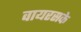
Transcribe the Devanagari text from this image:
वायरसके